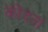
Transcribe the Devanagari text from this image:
कोंदतां